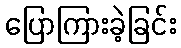
ပြောကြားခဲ့ခြင်း